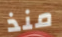
منذ